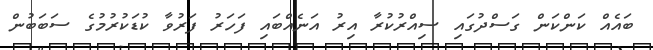
ބައެއް ކަންކަން ގަސްދުގައި ސިއްރުކުރާ އިރު އަނެއްބައި ފަހަރު ފަރުވާ ކުޑަކުރުމުގެ ސަބަބުން